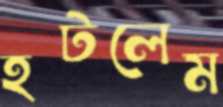
হটলেম